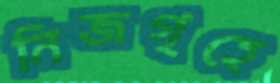
নিজগৃহে